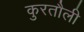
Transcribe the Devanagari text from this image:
कुरतौली